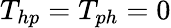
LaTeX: T_{hp}=T_{ph}=0